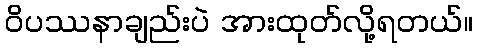
ဝိပဿနာချည်းပဲ အားထုတ်လို့ရတယ်။